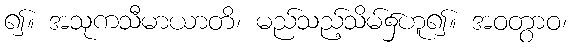
၍။ အသုကသီမာယာတိ၊ မည်သည့်သိမ်၌ဟူ၍။ အဝတွာဝ၊